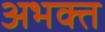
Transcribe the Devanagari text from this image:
अभक्त